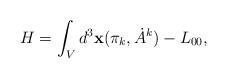
LaTeX: \begin{align*}H = \int_{V} d^{3}{\bf x} (\pi_{k}, \dot{A}^{k}) - L_{00},\end{align*}